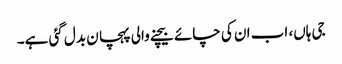
جی ہاں، اب ان کی چائے بیچنے والی پہچا ن بدل گئی ہے۔